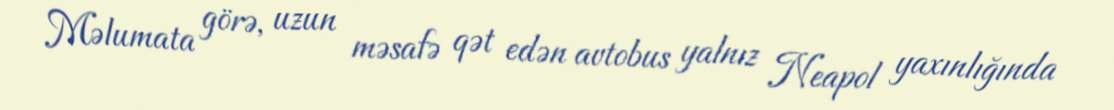
Məlumata görə, uzun məsafə qət edən avtobus yalnız Neapol yaxınlığında